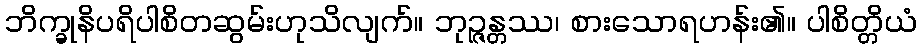
ဘိက္ခုနိပရိပါစိတဆွမ်းဟုသိလျက်။ ဘုဉ္ဇန္တဿ၊ စားသောရဟန်း၏။ ပါစိတ္တိယံ